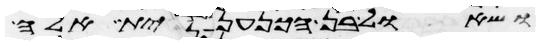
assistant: ושאול בן הכנענית אלה